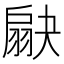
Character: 𦑗